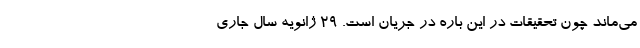
می‌ماند چون تحقیقات در این باره در جریان است. ۲۹ ژانویه سال جاری